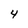
Character: 4